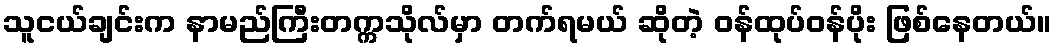
သူငယ်ချင်းက နာမည်ကြီးတက္ကသိုလ်မှာ တက်ရမယ် ဆိုတဲ့ ဝန်ထုပ်ဝန်ပိုး ဖြစ်နေတယ်။